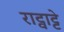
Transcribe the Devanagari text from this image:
राट्वाट्टे